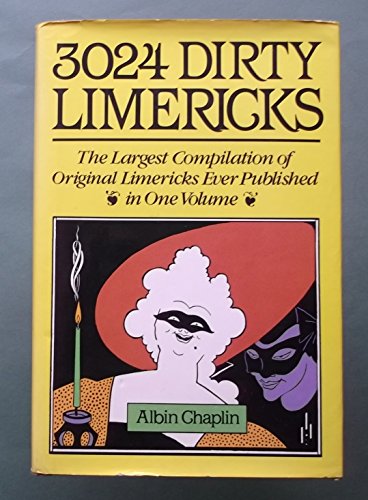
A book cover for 3024 Dirty Limericks: The Largest Compilation of Original Limericks Ever Published in One Volume; Albin Chaplin; Humor & Entertainment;